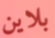
بلاين